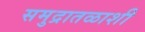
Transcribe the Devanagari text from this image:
समुद्रातळाशी